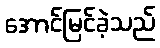
အောင်မြင်ခဲ့သည်